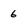
Character: 6